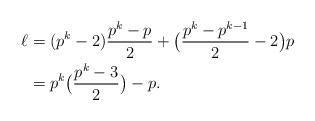
\begin{align*} \ell &= (p^k-2)\frac{p^k-p}{2} + \big(\frac{p^k-p^{k-1}}{2} - 2 \big)p \\ &= p^k\big(\frac{p^k-3}{2}\big) - p. \end{align*}